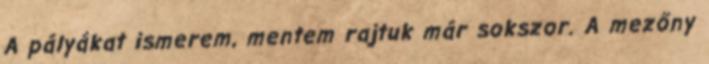
A pályákat ismerem, mentem rajtuk már sokszor. A mezőny